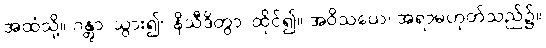
အထံသို့။ ဂန္တွာ၊ သွား၍။ နိသီဒိတွာ၊ ထိုင်၍။ အဝိသယေ၊ အရာမဟုတ်သည်၌။